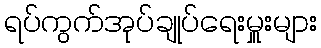
ရပ်ကွက်အုပ်ချုပ်ရေးမှူးများ